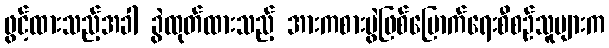
ဖွင့်ထားသည့်အခါ ခွဲထုတ်ထားသည့် အားကစားပွဲဖြစ်မြောက်ရေးစီစဉ်သူများက